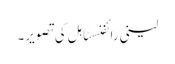
لینی رائفنسٹاہل کی تصویر۔